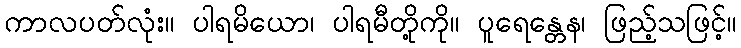
ကာလပတ်လုံး။ ပါရမိယော၊ ပါရမီတို့ကို။ ပူရေန္တေန၊ ဖြည့်သဖြင့်။